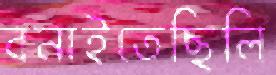
বনাইতেছিলি